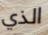
الذي